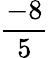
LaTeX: \frac{-8}{5}